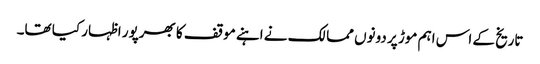
تاریخ کے اس اہم موڑ پر دونوں ممالک نے اہنے موقف کا بھرپور اظہار کیا تھا۔